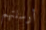
أرسلتهم